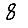
Digit: 8